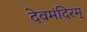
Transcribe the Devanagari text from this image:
देवमंदिरम्